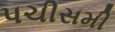
પચીસમી